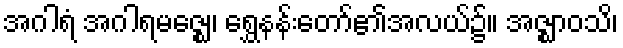
အဂါရံ အဂါရမဇ္ဈေ၊ ရွှေနန်းတော်၏အလယ်၌။ အဇ္ဈာဝသိ၊